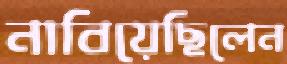
নাবিয়েছিলেন